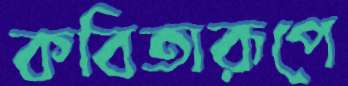
কবিতারূপে